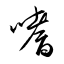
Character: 嗜